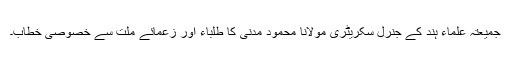
جمیعتہ علماء ہند کے جنرل سکریٹری مولانا محمود مدنی کا طلباء اور زعمائے ملت سے خصوصی خطاب۔